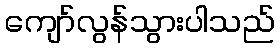
ကျော်လွန်သွားပါသည်